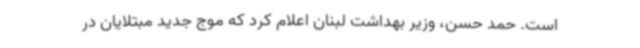
است. حمد حسن، وزیر بهداشت لبنان اعلام کرد که موج جدید مبتلایان در